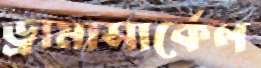
ড্রামাসার্কেল